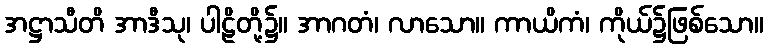
အဋ္ဌာသီတိ အာဒီသု၊ ပါဠိတို့၌။ အာဂတံ၊ လာသော။ ကာယိကံ၊ ကိုယ်၌ဖြစ်သော။